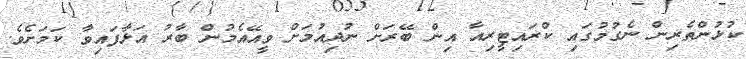
ކުޅުންތެރިން ނެގުމުގައި ކްރައިޓީރިއާ އިން ބޭރަށް ނުދިއުމަށް ވީއޭއެމުން ބާރު އަޅާފައިވާ ކަމަށެވެ.